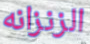
الزنزانه